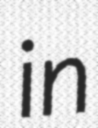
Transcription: in